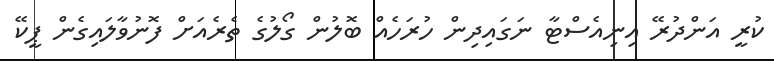
ކުރީ އަންދުރޭ އިނިއެސްޓާ ނަގައިދިން ހުރަހެއް ބޮލުން ގޯލުގެ ތެރެއަށް ފޮނުވާލައިގެން ޕީކޭ